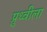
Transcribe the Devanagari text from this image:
प्रुथ्वीला